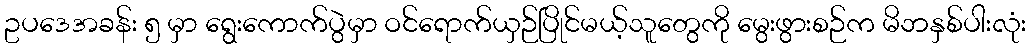
ဥပဒေအခန်း ၅ မှာ ရွေးကောက်ပွဲမှာ ဝင်ရောက်ယှဉ်ပြိုင်မယ့်သူတွေကို မွေးဖွားစဉ်က မိဘနှစ်ပါးလုံး